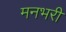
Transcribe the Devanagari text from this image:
मनभरी